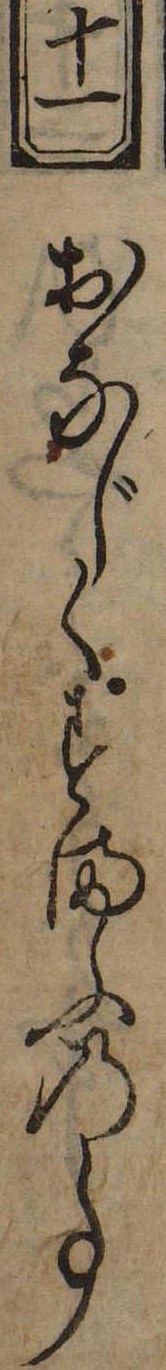
十一おなじくすまふの事